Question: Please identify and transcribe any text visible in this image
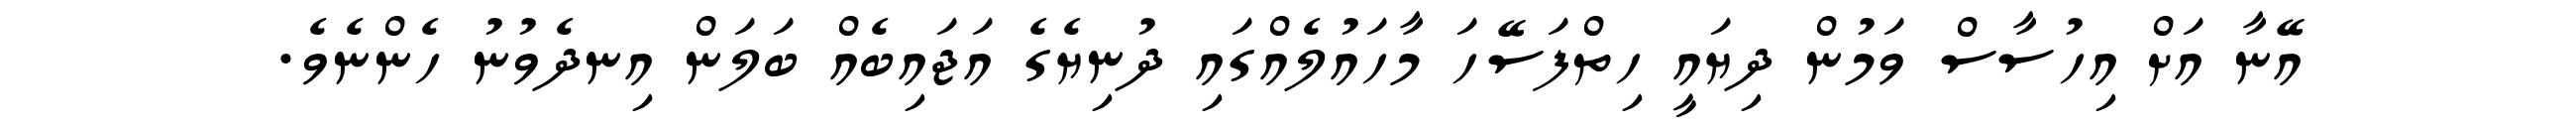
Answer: އޭނާ އަށް އިހުސާސް ވަމުން ދިޔައީ ހިތްފަސޭހަ މާހައުލެއްގައި ދުނިޔެގެ އަޖައިބެއް ބަލަން އިނދެވުނު ހެންނެވެ.